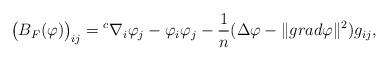
LaTeX: \begin{align*} \big(B_F(\varphi)\big)_{ij}={}^c\nabla_i\varphi_j-\varphi_i\varphi_j -\frac{1}{n}(\Delta\varphi-\|grad\varphi\|^2)g_{ij}, \end{align*}